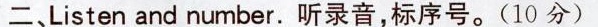
二、Listen and number.听录音,标序号.(10分)